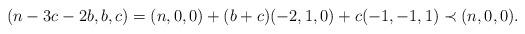
LaTeX: \begin{align*}(n-3c-2b,b,c)=(n,0,0)+(b+c)(-2,1,0)+c(-1,-1,1)\prec (n,0,0).\end{align*}